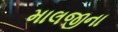
માલજીના